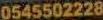
0545502228